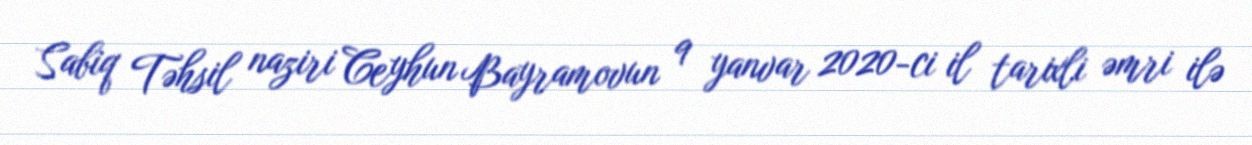
Sabiq Təhsil naziri Ceyhun Bayramovun 9 yanvar 2020-ci il tarixli əmri ilə